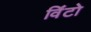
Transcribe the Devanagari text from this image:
विंटो